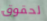
لحقوق